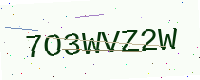
Text: 7O3WVZ2W